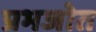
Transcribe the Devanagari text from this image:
प्रभजोत